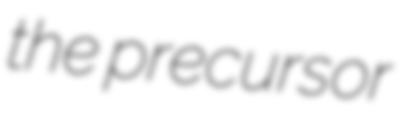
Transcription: the precursor